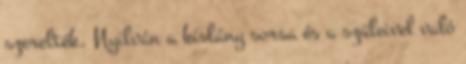
szerelték. Nyilván a kislány sorsa és a szüleivel való